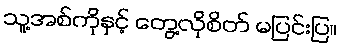
သူ့အစ်ကိုနှင့် တွေ့လိုစိတ် မပြင်းပြ။